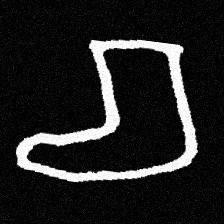
Pyu character \u2014 Myanmar letter: စ (romanized: ca)